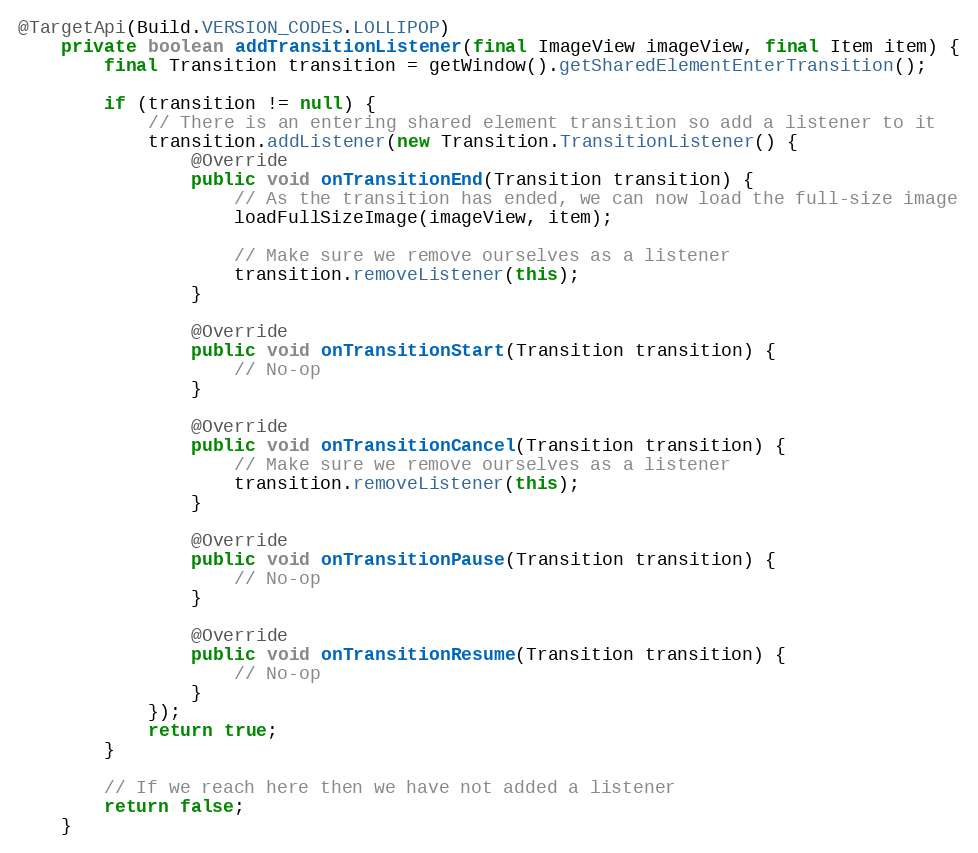
Language: Java
@TargetApi(Build.VERSION_CODES.LOLLIPOP)
    private boolean addTransitionListener(final ImageView imageView, final Item item) {
        final Transition transition = getWindow().getSharedElementEnterTransition();

        if (transition != null) {
            // There is an entering shared element transition so add a listener to it
            transition.addListener(new Transition.TransitionListener() {
                @Override
                public void onTransitionEnd(Transition transition) {
                    // As the transition has ended, we can now load the full-size image
                    loadFullSizeImage(imageView, item);

                    // Make sure we remove ourselves as a listener
                    transition.removeListener(this);
                }

                @Override
                public void onTransitionStart(Transition transition) {
                    // No-op
                }

                @Override
                public void onTransitionCancel(Transition transition) {
                    // Make sure we remove ourselves as a listener
                    transition.removeListener(this);
                }

                @Override
                public void onTransitionPause(Transition transition) {
                    // No-op
                }

                @Override
                public void onTransitionResume(Transition transition) {
                    // No-op
                }
            });
            return true;
        }

        // If we reach here then we have not added a listener
        return false;
    }